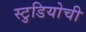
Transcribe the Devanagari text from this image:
स्टुडियोची